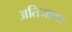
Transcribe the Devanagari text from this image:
अतिजागर